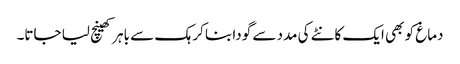
دماغ کو بھی ایک کانٹے کی مدد سے گودا بنا کر ہک سے باہر کھینچ لیا جاتا۔